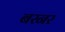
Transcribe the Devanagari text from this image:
बरनर